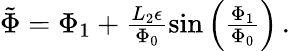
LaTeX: \begin{array}{r}{\tilde{\Phi}=\Phi_{1}+\frac{L_{2}\epsilon}{\Phi_{0}}\sin\left(\frac{\Phi_{1}}{\Phi_{0}}\right)\, .}\end{array}